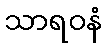
သာရဝနံ